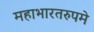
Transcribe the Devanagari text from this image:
महाभारतरुपमे